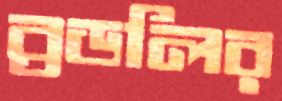
ব্রডলির